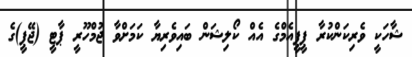
ޝާހަކީ ވެރިކަންކުރާ ޕީޕީއެމްގެ އެއް ކޯލިޝަން ބައިވެރިޔާ ކަމަށްވާ ޖުމްހޫރީ ޕާޓީ (ޖޭޕީ)ގެ